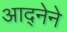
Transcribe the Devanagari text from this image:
आद्नेने